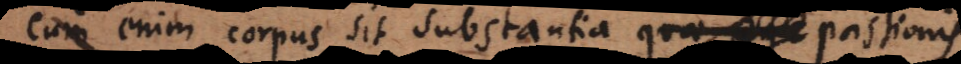
Cum enim corpus sit substantia quae age passionis